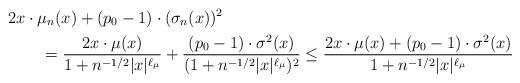
LaTeX: \begin{align*}& 2x\cdot\mu_n(x) + (p_0-1)\cdot (\sigma_n(x))^2 \\& \qquad = \frac{2x\cdot\mu(x)}{1+n^{-1/2}|x|^{\ell_\mu}} + \frac{(p_0-1)\cdot\sigma^2(x)}{(1+n^{-1/2}|x|^{\ell_\mu})^2} \le \frac{2x\cdot\mu(x)+(p_0-1)\cdot\sigma^2(x) }{1+n^{-1/2}|x|^{\ell_\mu}}\end{align*}